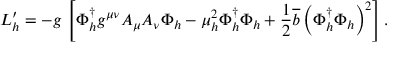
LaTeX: { \cal L } _ { h } ^ { \prime } = - g \, \left[ \Phi _ { h } ^ { \dagger } g ^ { \mu \nu } A _ { \mu } A _ { \nu } \Phi _ { h } - \mu _ { h } ^ { 2 } \Phi _ { h } ^ { \dagger } \Phi _ { h } + \frac { 1 } { 2 } \overline { { { b } } } \left( \Phi _ { h } ^ { \dagger } \Phi _ { h } \right) ^ { 2 } \right] .